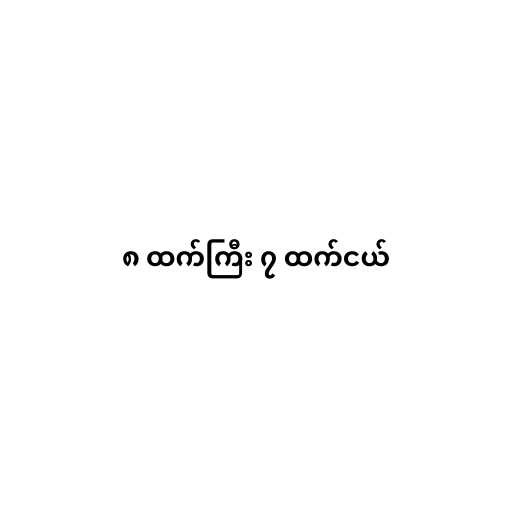
၈ ထက်ကြီး ၇ ထက်ငယ်